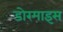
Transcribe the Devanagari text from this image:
डोरमाइस